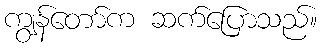
ကျွန်တော်က ဆက်ပြောသည်။